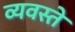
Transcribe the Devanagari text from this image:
व्यवस्ते